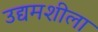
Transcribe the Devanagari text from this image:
उद्यमशीला